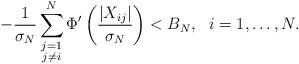
LaTeX: \begin{align*} - \frac{1}{\sigma_N} \sum_{\substack{j = 1\\ j \neq i}}^{N} \Phi' \left( \frac{\left|X_{ij}\right|}{\sigma_N} \right) < B_N,\ \ i = 1, \ldots, N.\end{align*}